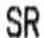
SR